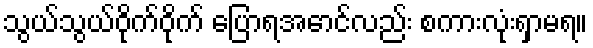
သွယ်သွယ်ဝိုက်ဝိုက် ပြောရအောင်လည်း စကားလုံးရှာမရ။